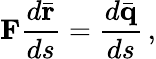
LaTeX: {\mathbf F}\frac{d\bar{\mathbf r}}{ds}=\frac{d\bar{\mathbf q}}{ds}\, ,